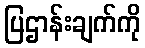
ပြဌာန်းချက်ကို